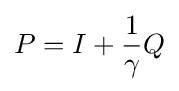
P=I+{\frac {1}{\gamma }}Q